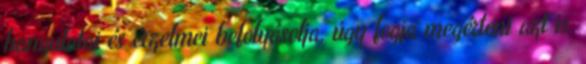
hangulatai és érzelmei befolyásolja, úgy fogja megérteni azt is,